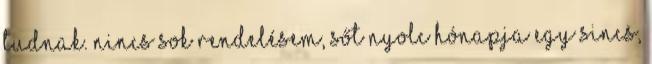
tudnak. Nincs sok rendelésem, sőt nyolc hónapja egy sincs,